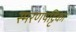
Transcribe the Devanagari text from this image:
स्मरणपट्टिका